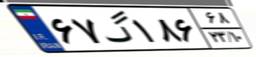
۶۷گ۱۸۶۶۸